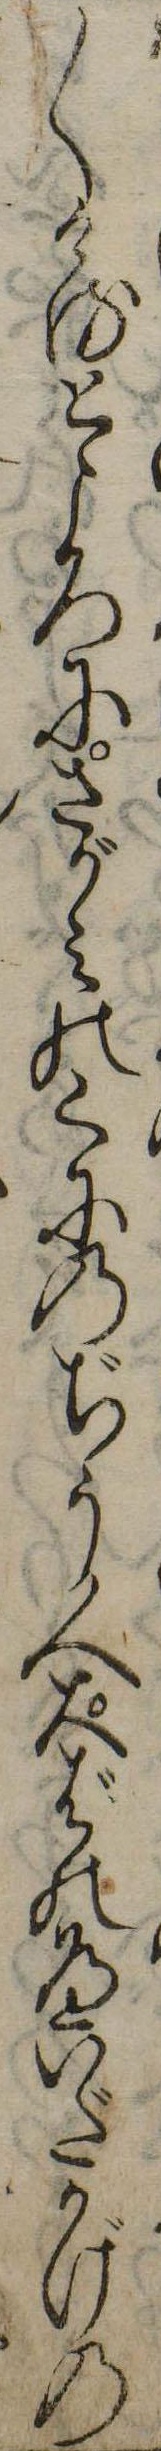
〱けるところにさがみのくにのぢう人大ばのへいだかげの